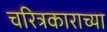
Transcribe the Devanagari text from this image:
चरित्रकाराच्या